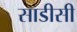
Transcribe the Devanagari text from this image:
साडीसी